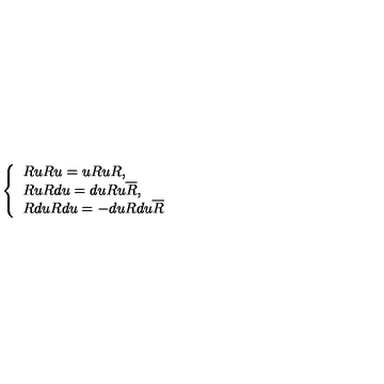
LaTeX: \left\{ \begin{array} { l } { R u R u = u R u R , } \\ { R u R d u = d u R u \overline { { R } } , } \\ { R d u R d u = - d u R d u \overline { { R } } } \\ \end{array} \right.